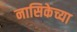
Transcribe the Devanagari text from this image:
नासिकेच्या